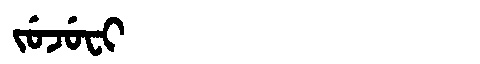
Manchu: ᠵᡠᠵᡠᠸᡳ
Romanization: JUJUFI